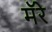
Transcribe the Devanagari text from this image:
मॅरे